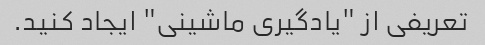
تعریفی از "یادگیری ماشینی" ایجاد کنید.